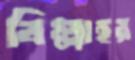
বিল্লাহর